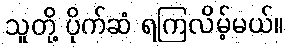
သူတို့ ပိုက်ဆံ ရကြလိမ့်မယ်။